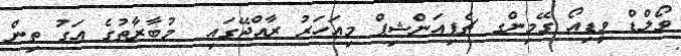
ވޯލްޑް ވީޑިއޯ ގޭމިންގ ޗެޕިއަންޝިޕް މިއަހަރު ރާއްޖޭގައި  މުބާރާތުގެ އަގު ތިން